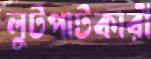
লুটপাটকারী